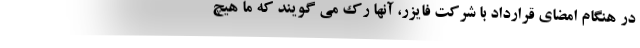
در هنگام امضای قرارداد با شرکت فایزر، آنها رک می گویند که ما هیچ